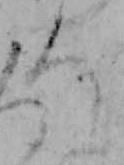
ろ